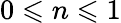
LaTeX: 0\leqslant n\leqslant 1